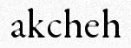
akcheh